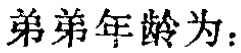
弟弟年龄为：